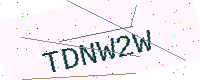
Text: TDNW2W